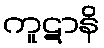
ကူဋာနိ